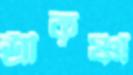
শ্রীকৃষ্ণা